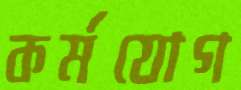
কর্মযোগ